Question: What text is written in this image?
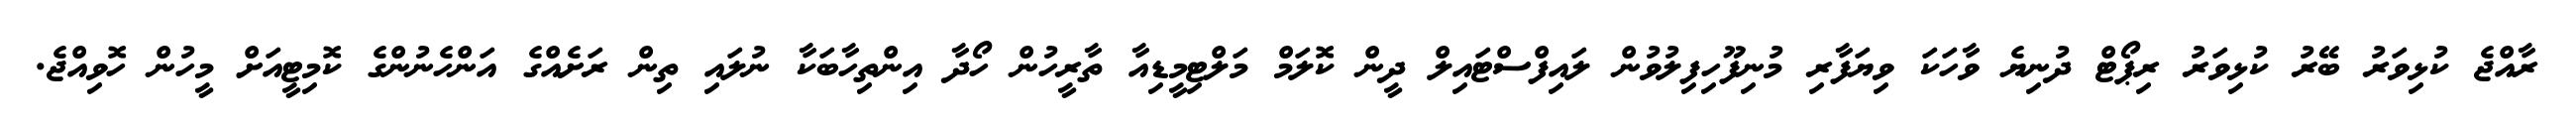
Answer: ރާއްޖެ ކުޅިވަރު ބޭރު ކުޅިވަރު ރިޕޯޓް ދުނިޔެ ވާހަކަ ވިޔަފާރި މުނިފޫހިފިލުވުން ލައިފްސްޓައިލް ދީން ކޮލަމް މަލްޓިމީޑިއާ ތާރީހުން ހޯދާ އިންތިހާބަކާ ނުލައި ތިން ރަށެއްގެ އަންހެނުންގެ ކޮމިޓީއަށް މީހުން ހޮވިއްޖެ.